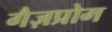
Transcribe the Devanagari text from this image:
गैज़प्रोम